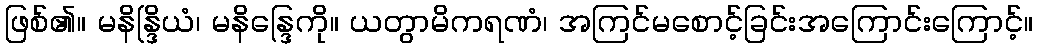
ဖြစ်၏။ မနိန္ဒြိယံ၊ မနိန္ဒြေကို။ ယတွာမိကရဏံ၊ အကြင်မစောင့်ခြင်းအကြောင်းကြောင့်။